Civil Veterinary Department Bihar & Orissa reports 1929-36 - 1929-1936
Year: 1929
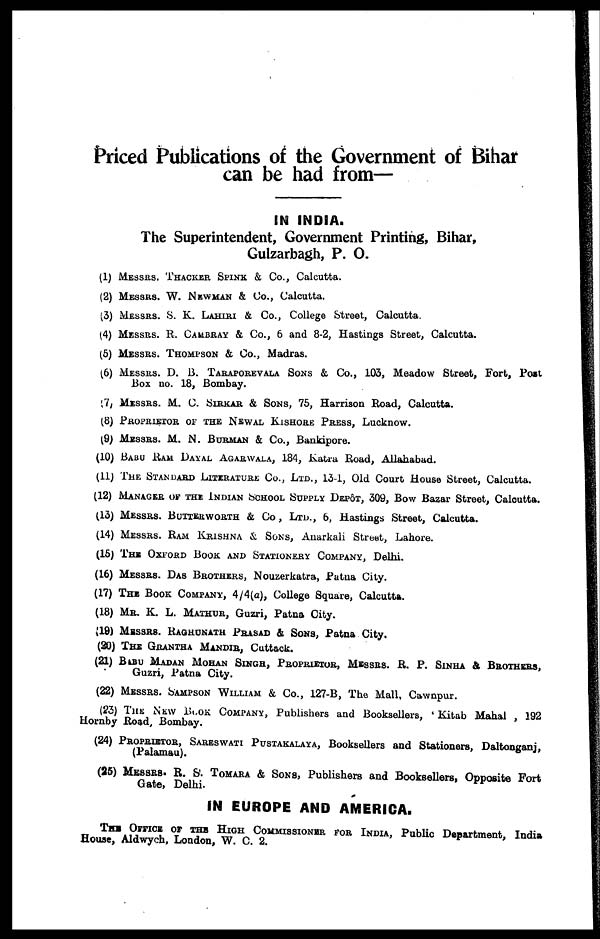
Priced Publications of the Government of Bihar
can be had from—
IN INDIA.
The Superintendent, Government Printing, Bihar,
Gulzarbagh, P. O.
(1) MESSRS. THACKER SPINK & Co., Calcutta.
(2) MESSRS. W. NEWMAN & Co., Calcutta.
(3) MESSRS. S. K. LAHIRI & Co., College Street, Calcutta
(4) MESSRS. R. CAMBRAY & Co., 6 and 8-2, Hastings Street, Calcutta.
(5) MESSRS. THOMPSON & Co., Madras.
(6) MESSRS. D. B. TARAPOREVALA SONS & Co., 103, Meadow Street, Fort, Post
Box no. 18, Bombay.
(7) MESSRS. M. C. SIRKAR & SONS, 75, Harrison Road, Calcutta.
(3) PROPRIETOR OF THE NEWAL KISHORE PRESS, Lucknow.
(9) MESSRS. M. N. BURMAN & Co., Bankipore.
(10) BABU RAM DAYAL AGARWALA, 184, Katra Road, Allahabad.
(11) THE STANDARD LITERATURE CO., LTD., 134, Old Court House Street, Calcutta.
(12) MANAGER OF THE INDIAN SCHOOL SUPPLY DEPOT, 509, Bow Bazar Street, Calcutta.
(13) MESSRS. BUTTKRWORTH & CO , LTD., 6, Hastings Street, Calcutta.
(14) MESSRS. RAM KRISHNA & SONS, Anarkah Street, Lahore.
(15) THE OXFORD BOOK AND STATIONERY COMPANY, Delhi.
(16) MESSRS. DAS BROTHERS, Nouzerkatra, Patna City.
(17) THE BOOK COMPANY, 4/4(a), College Square, Calcutta.
(18) MR. K. L. MATHUR, Guzri, Patna City.
(19) MESSRS. RAGHONATH PRASAD & SONS, Patna City.
(20) THE GRANTHA MANDIR, Cuttack.
(21) BABU MADAN MOHAN SINGH, PROPRIETOR, MESSRS. R. P. SINHA & BROTHERS,
Guzri, Patna City.
(22) MESSRS. SAMPSON WILLIAM & Co., 127-B, The Mall. Cawnpur.
(23) THE NEW BLOCK COMPANY, Publishers and Booksellers, Kitab Mahal , 192
Hornby Road, Bombay.
(24) PROPRIETOR, SARESWATI PUSTAKALAYA, Booksellers and Stationers, Daltonganj,
(Palamau).
(25) MESSRS. R. S. TOMARA & SONS, Publishers and Booksellers, Opposite Fort
Gate, Delhi.
IN EUROPE AND AMERICA.
THE OFFICE OR THE HIGH COMMISSIONER FOR INDIA, Public Department, India
House, Aldwych, London, W. C. 2.